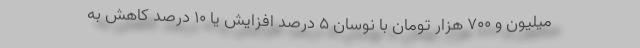
میلیون و ۷۰۰ هزار تومان با نوسان ۵ درصد افزایش یا ۱۰ درصد کاهش به